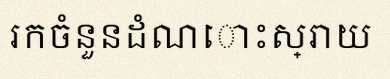
រកចំនួនដំណោះស្រាយ